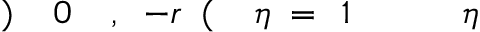
\! \! \! \! \! \! \! \! \! \! \! \eta \! \! \! \! \! \! \! \! \! \! \! \! _ { \! } \! \! \! \! \! \! \! \! \! \! \! 1 \! \! \! \! \! \! \! \! \! \! \! \! = \! \! \! \! \! \! \! \! \! \! \! \! \eta \! \! \! \! \! \! \! \! \! \! \! \! ( \! \! \! \! \! \! \! \! \! \! \! \! - r \! \! \! \! \! \! \! \! \! \! \! \! , \! \! \! \! \! \! \! \! \! \! \! \! 0 \! \! \! \! \! \! \! \! \! \! \! \! ) \! \! \! \! \! \! \! \! \! \! \!